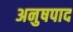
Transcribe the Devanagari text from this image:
अनुषपाद